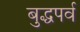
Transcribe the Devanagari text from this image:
बुद्धपर्व